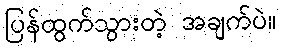
ပြန်ထွက်သွားတဲ့ အချက်ပဲ။